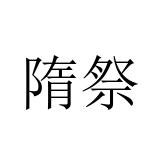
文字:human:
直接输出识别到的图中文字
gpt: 隋祭